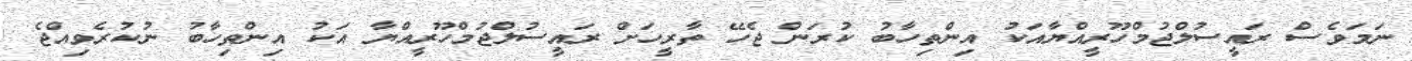
ނަމަވެސް ރައީސުލްޖުމްހޫރީއްޔާއަކު އިންތިހާބު ކުރަން ޖެހޭ ތާރީހަށް ރައީސުލްޖުމްހޫރީއްޔާ އަކު އިންތިހާބު ނުކުރެވިއްޖެ